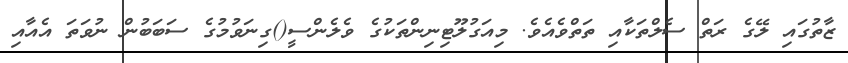
ޒާތުގައި ލޭގެ ރަތް ސެލްތަކާއި ތަތްވެއެވެ. މިއަގުލޫޓިނިންތަކުގެ ވެލެންސީ()ގިނަވުމުގެ ސަބަބުން ނުވަތަ އެއާއި